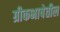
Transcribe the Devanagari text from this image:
ग्रीकभाषेतील